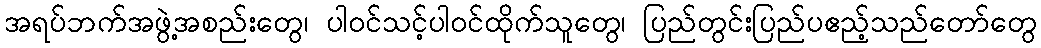
အရပ်ဘက်အဖွဲ့အစည်းတွေ၊ ပါဝင်သင့်ပါဝင်ထိုက်သူတွေ၊ ပြည်တွင်းပြည်ပဧည့်သည်တော်တွေ